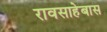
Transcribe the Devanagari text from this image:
रावसाहेबास